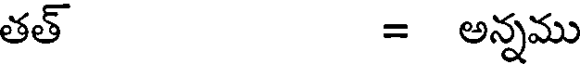
తత్ = అన్నము